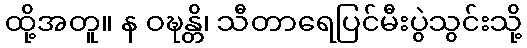
ထို့အတူ။ န ဝဍ္ဎန္တိ၊ သီတာရေပြင်မီးပွဲသွင်းသို့